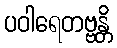
ပဝါရေတဗ္ဗန္တိ